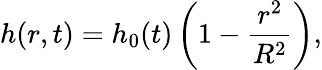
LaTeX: h(r,t)=h_{0}(t)\left(1-\frac{r^{2}}{R^{2}}\right),